Insane asylums in Bengal annual reports 1867-1875 - 1867-1875
Year: 1867
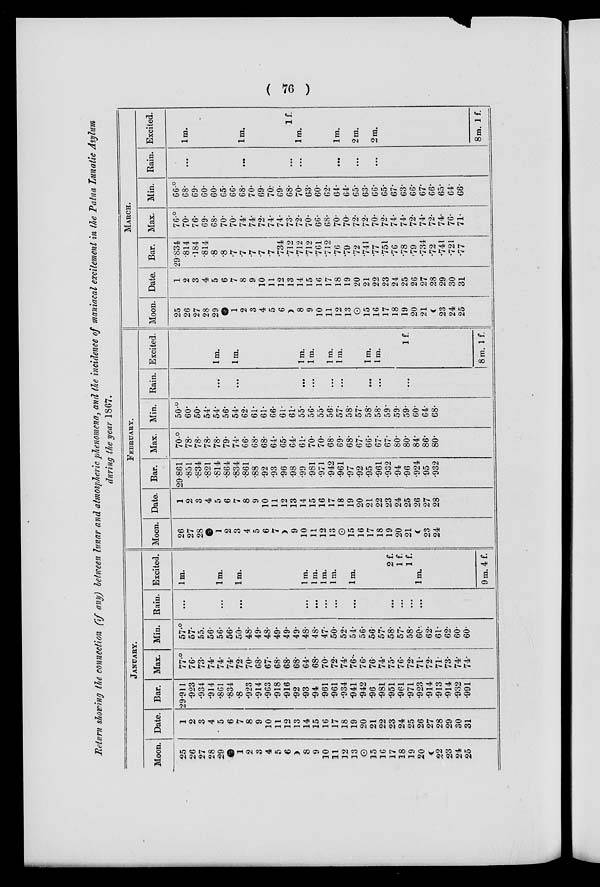
( 76 )
Return showing the connection (if any) between lunar and atmospheric phenomena, and the incidence of maniacal excitement in the Patna Lunatic Asylum
during the year 1867.
JANUARY.
Moon.
25
26
27
28
29
1
2
3
4
5
6
8
9
10
11
12
13
15
16
17
18
19
20
22
23
24
25
Date.
1
2
3
4
5
6
7
8
9
10
11
12
13
14
15
16
17
18
19
20
21
22
23
24
25
26
27
28
29
30
31
Bar.
29.911
.923
.934
.914
.861
.834
.8
.923
.914
.963
.918
.916
.92
.93
.94
.961
.961
.934
.941
.942
.96
.981
.951
.961
.971
.923
.914
.913
.914
.932
.991
Max.
77.°
76.
73.
74.
74.
74.
72.
70.
68.
67.
68.
68.
68.
64.
68.
70.
72.
74.
76.
76.
76.
74.
75.
76.
72.
71.
72.
71.
73.
74.
74.
Min.
57.°
57.
55.
56.
56.
56.
50.
48.
49.
48.
49.
49.
49.
48.
48.
47.
50.
52.
54.
56.
56.
57.
58.
57.
58.
60..
62.
61.
62.
60.
60.
Rain.
. . .
. . .
. ..
...
...
...
...
...
...
.. .
...
...
Excited.
1 m.
1 m.
1 m.
1 m.
1 m.
1 m.
1 m.
1 m.
2 f.
1 f.
1 f.
1 m.
9m. 4 f.
FEBRUARY.
Moon.
26
27
28
1
2
3
4
5
6
7
9
10
11
12
13
15
16
17
18
19
20
21
23
24
Date.
1
2
3
4
5
6
7
8
9
10
11
12
13
14
15
16
17
18
19
20
21
22
23
24
25
26
27
28
Bar.
29.861
.851
.834
.821
.814
.864
.834
.861
.88
.92
.93
.96
.98
.99
.981
.971
.942
.961
.97
.92
.95
.961
.932
.94
.96
.924
.95
.932
Max.
70.°
78.
78.
78.
78.
79.
74.
66.
68.
68.
64.
65.
64.
61.
70.
70.
68.
69.
68.
67.
66.
67.
67.
80.
80.
84.
86.
80.
Min.
50.°
60.
50.
54.
54.
56.
54.
62.
61.
61.
66.
61.
61.
55.
56.
55.
56.
57.
58.
57.
58.
58.
59.
59.
59.
60.
64.
68.
Rain.
...
...
...
...
...
...
...
...
...
Excited.
1m.
1 m.
1 m.
1m.
1m.
1m.
1m.
1m.
1f.
8m. 1f.
MARCH.
Moon.
25
26
27
28
29
1
2
3
4
5
6
8
9
10
11
12
13
15
16
17
18
19
20
21
23
24
25
Date.
1
2
3
4
5
6
7
8
9
10
11
12
13
14
15
16
17
18
19
20
21
22
23
24
25
26
27
28
29
30
31
Bar.
29.834
.814
.184
.814
.8
.8
.7
.7
.7
.7
.7
.734
.712
.712
.712
.761
.712
.76
.79
.72
.741
.77
.751
.76
.78
.79
.734
.72
.741
.721
.77
Max.
76.°
70.
76.
69.
68.
70.
70.
74.
74.
72.
74.
74.
73.
72.
70.
66.
68.
70.
70.
72.
72.
70.
72.
74.
74.
72.
74.
72.
74.
76.
71.
Min.
68.
69.
60.
60.
65.
66.
68.
70.
69.
70.
69.
68.
70.
63.
60.
62.
64.
64.
65.
63.
66.
65.
67.
63.
66.
67.
66.
65.
64.
66.
Rain.
. . .
...
...
...
...
...
...
Excited.
1 m.
1m.
1 f.
1 m.
1 m.
2 m.
2 m.
8m. 1 f.